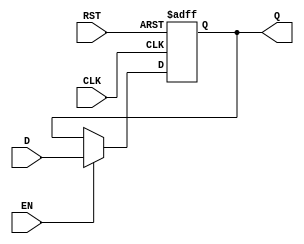
module DataRegister #(
    parameter WIDTH = 8 // Parameter to define the width of the register
)(
    input wire [WIDTH-1:0] D,   // Data input
    input wire CLK,              // Clock input
    input wire RST,              // Asynchronous reset input
    input wire EN,               // Enable signal
    output reg [WIDTH-1:0] Q     // Data output
);

    // Asynchronous reset and data capture on the rising edge of the clock
    always @ (posedge CLK or posedge RST) begin
        if (RST) begin
            Q <= {WIDTH{1'b0}}; // Reset output to zero
        end else if (EN) begin
            Q <= D; // Capture input data on the rising edge of the clock
        end
    end

endmodule